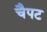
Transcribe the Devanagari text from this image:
चैपट